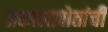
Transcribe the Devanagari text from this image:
प्रकाशझोतांची